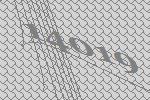
14019